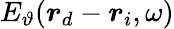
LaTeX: E_{\vartheta}(\boldsymbol{r}_{d}-\boldsymbol{r}_{i},\omega)